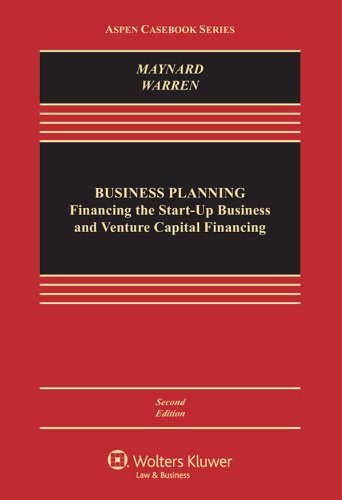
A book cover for Business Planning: Financing the Start-Up Business and Venture Capital (Aspen Casebooks); Therese Maynard; Business & Money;